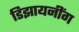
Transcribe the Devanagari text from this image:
डिझायनींग